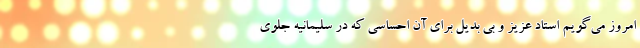
امروز می‌گویم استاد عزیز و بی بدیل برای آن احساسی که در سلیمانیه جلوی